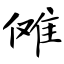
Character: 傩